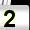
Digit: 2